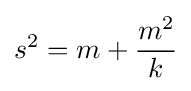
s^{2}=m+{\frac {m^{2}}{k}}